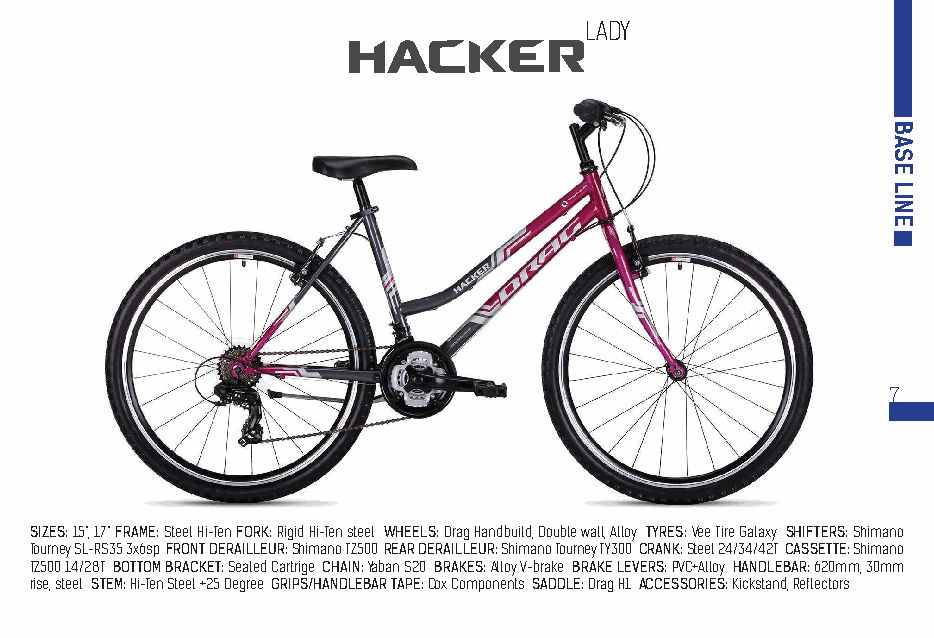
LADY
 7
 SIZES: 15“, 17“ FRAME: Steel Hi-Ten FORK: Rigid Hi-Ten steel WHEELS: Drag Handbuild, Double wall, Alloy TYRES: Vee Tire Galaxy SHIFTERS: Shimano
 Tourney SL-RS35 3x6sp FRONT DERAILLEUR: Shimano TZ500 REAR DERAILLEUR: Shimano Tourney TY300 CRANK: Steel 24/34/42T CASSETTE: Shimano
 TZ500 14/28T BOTTOM BRACKET: Sealed Cartrige CHAIN: Yaban S20 BRAKES: Alloy V-brake BRAKE LEVERS: PVC+Alloy HANDLEBAR: 620mm, 30mm
 rise, steel STEM: Hi-Ten Steel +25 Degree GRIPS/HANDLEBAR TAPE: Cox Components SADDLE: Drag H1 ACCESSORIES: Kickstand, Reflectors
 BASE
 LINE